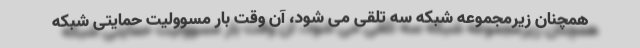
همچنان زیرمجموعه شبکه سه تلقی می شود، آن وقت بار مسوولیت حمایتی شبکه